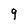
Character: 9